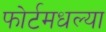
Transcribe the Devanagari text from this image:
फोर्टमधल्या